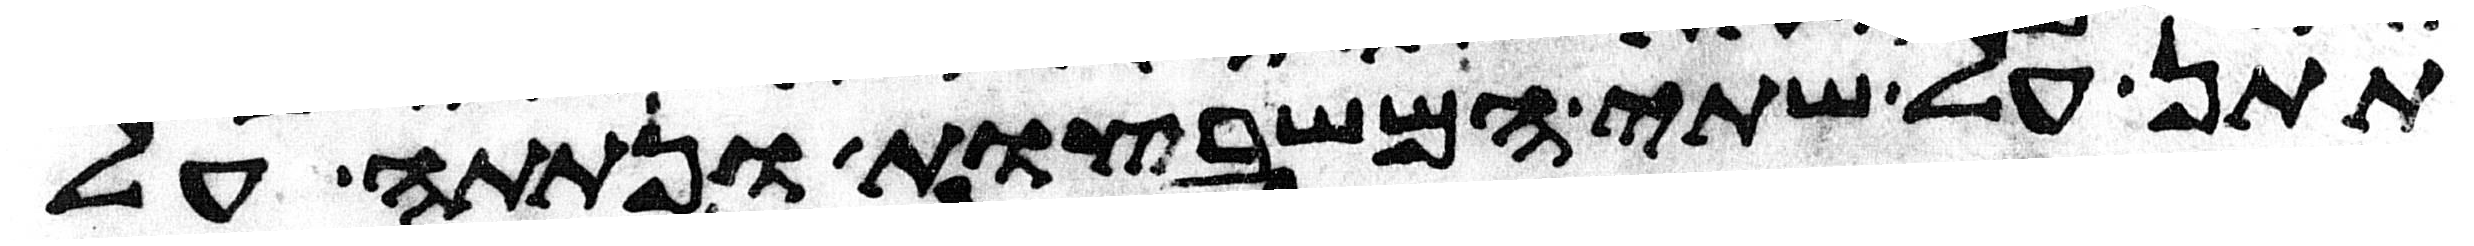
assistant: תתן על שתי המשבצות ונתתה על